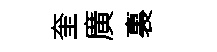
奎廣裏